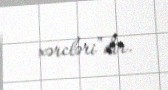
xərcləri”dir.